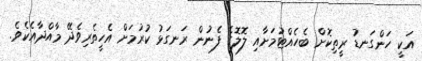
އަކީ ހަންގަނޑު ރީތިކޮށް ބެހެއްޓުމަށާއި ލޮލޮގެ ފެނުން ރަނގަޅު ކުރުމަށް އެހީތެރިވެދޭ މާއްދާއެކެވެ.